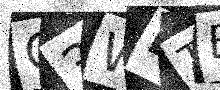
Text: O3WDTE